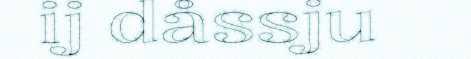
ij dåssju